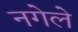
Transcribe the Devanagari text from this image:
नगेले